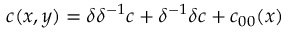
c ( x , y ) = \delta \delta ^ { - 1 } c + \delta ^ { - 1 } \delta c + c _ { 0 0 } ( x )